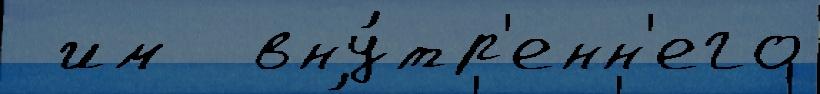
 им  вну́тр'енн'его